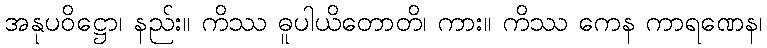
အနုပဝိဋ္ဌော၊ နည်း။ ကိဿ ဓူပါယိတောတိ၊ ကား။ ကိဿ ကေန ကာရဏေန၊